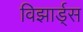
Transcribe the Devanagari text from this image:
विझार्ड्‌स